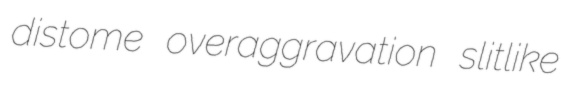
distome overaggravation slitlike